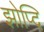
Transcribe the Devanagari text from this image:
झोप्दि